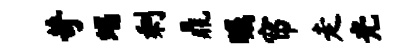
苛蝎剩鼎瞩帘走光